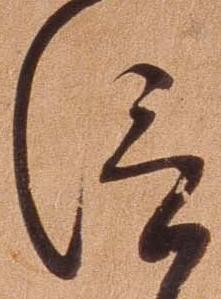
信